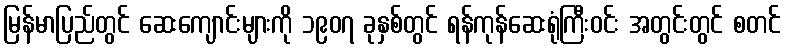
မြန်မာပြည်တွင် ဆေးကျောင်းများကို ၁၉၀၇ ခုနှစ်တွင် ရန်ကုန်ဆေးရုံကြီးဝင်း အတွင်းတွင် စတင်